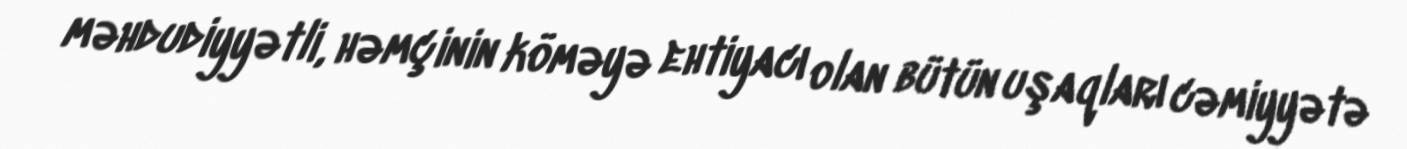
məhdudiyyətli, həmçinin köməyə ehtiyacı olan bütün uşaqları cəmiyyətə